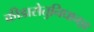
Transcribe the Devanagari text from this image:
क्रीडासेतुनिधानज्ञः